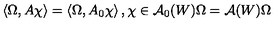
\left\langle \Omega , A \chi \right\rangle = \left\langle \Omega , A _ { 0 } \chi \right\rangle , \chi \in \mathcal { A } _ { 0 } ( W ) \Omega = \mathcal { A } ( W ) \Omega